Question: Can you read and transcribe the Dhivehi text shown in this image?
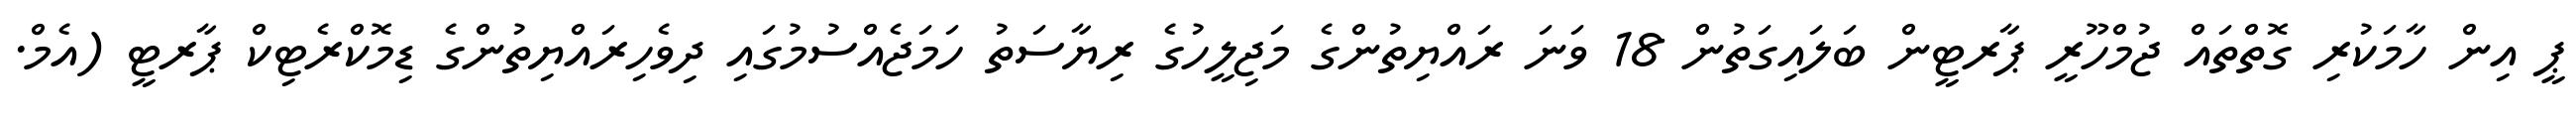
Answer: ޕީ އިން ހާމަކުރި ގޮތްތައް ޖުމްހޫރީ ޕާރޓީން ބަލައިގަތުން 18 ވަނަ ރައްޔިތުންގެ މަޖިލީހުގެ ރިޔާސަތު ހަމަޖެއްސުމުގައި ދިވެހިރައްޔިތުންގެ ޑިމޮކްރެޓިކް ޕާރޓީ (އެމް.